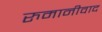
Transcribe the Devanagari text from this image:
रुमानीवाद